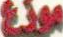
موزع